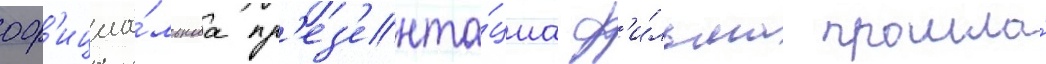
оф'ициа́льнаа пр'ез'ента́циа ф'и́льма прошла́